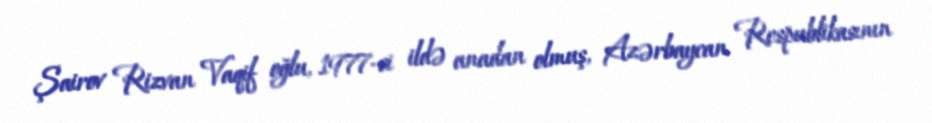
Şairov Rizvan Vaqif oğlu, 1977-ci ildə anadan olmuş, Azərbaycan Respublikasının